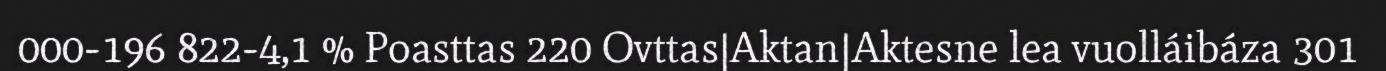
000-196 822-4,1 % Poasttas 220 Ovttas|Aktan|Aktesne lea vuolláibáza 301